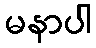
မနာပါ